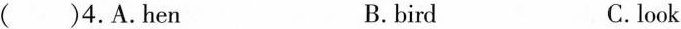
( )4.A.hen B.bird C.look